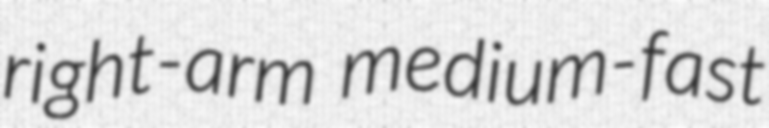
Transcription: right-arm medium-fast